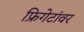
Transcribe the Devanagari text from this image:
फ्रिगेटांवर